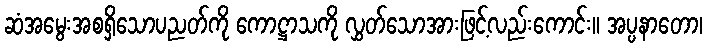
ဆံအမွေးအစရှိသောပညတ်ကို ကောဋ္ဌာသကို လွှတ်သောအားဖြင့်လည်းကောင်း။ အပ္ပနာတော၊